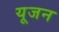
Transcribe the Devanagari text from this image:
यूजन